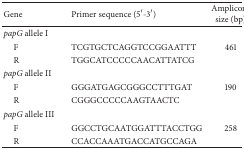
<table><thead><tr><td><b>Gene</b></td><td><b>Primer sequence (5′-3′)</b></td><td><b>Ampliconsize (bp)</b></td></tr></thead><tbody><tr><td><i>papG</i> allele I</td><td> </td><td> </td></tr><tr><td> F</td><td>TCGTGCTCAGGTCCGGAATTT</td><td>461</td></tr><tr><td> R</td><td>TGGCATCCCCCAACATTATCG</td></tr><tr><td><i>papG</i> allele II</td><td> </td><td> </td></tr><tr><td> F</td><td> GGGATGAGCGGGCCTTTGAT </td><td>190</td></tr><tr><td> R</td><td> CGGGCCCCCAAGTAACTC</td></tr><tr><td><i>papG</i> allele III</td><td> </td><td> </td></tr><tr><td> F</td><td>GGCCTGCAATGGATTTACCTGG</td><td>258</td></tr><tr><td> R</td><td>CCACCAAATGACCATGCCAGA</td></tr></tbody></table>